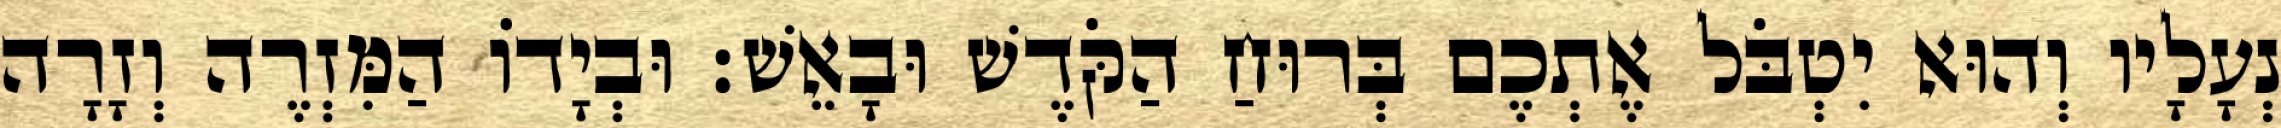
נְעָלָיו וְהוּא יִטְבֹּל אֶתְכֶם בְּרוּחַ הַקֹּדֶשׁ וּבָאֵשׁ׃ וּבְיָדוֹ הַמִּזְרֶה וְזָרָה